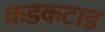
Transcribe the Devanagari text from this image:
कडकटाड